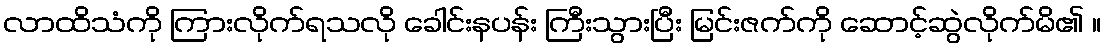
လာထိသံကို ကြားလိုက်ရသလို ခေါင်းနပန်း ကြီးသွားပြီး မြင်းဇက်ကို ဆောင့်ဆွဲလိုက်မိ၏ ။